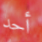
أحد